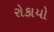
રોકાયો